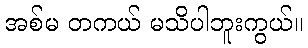
အစ်မ တကယ် မသိပါဘူးကွယ်။